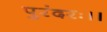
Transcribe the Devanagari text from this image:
पुरंदरः।।